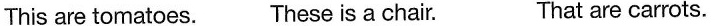
This are tomatoes. These is a chair. That are carrots.